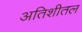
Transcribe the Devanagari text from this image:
अतिशीतल